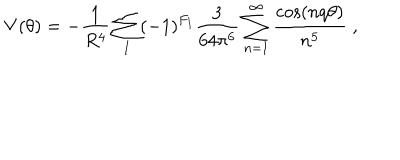
LaTeX: V ( \theta ) = - \frac { 1 } { R ^ { 4 } } \sum _ { I } ( - 1 ) ^ { F _ { I } } \frac { 3 } { 6 4 \pi ^ { 6 } } \sum _ { n = 1 } ^ { \infty } \frac { \cos ( n q \theta ) } { n ^ { 5 } } \; ,